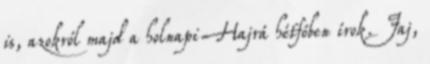
is, azokról majd a holnapi Hajrá hétfőben írok. Jaj,